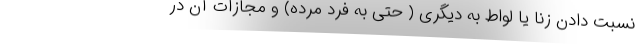
نسبت دادن زنا یا لواط به دیگری ( حتی به فرد مرده) و مجازات آن در